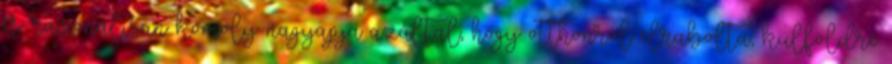
és racionálisan komoly nagyapja azáltal, hogy otthonról elrabolta, külföldre